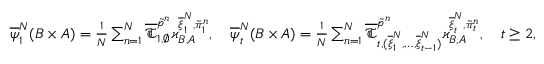
\begin{array} { r } { \overline { { \psi } } _ { 1 } ^ { N } ( B \times A ) = \frac 1 N \sum _ { n = 1 } ^ { N } \overline { \mathfrak { T } } _ { 1 , \emptyset } ^ { \tilde { \mathfrak { p } } ^ { n } } \varkappa _ { B , A } ^ { \overline { \xi } _ { 1 } ^ { N } , \tilde { \pi } _ { 1 } ^ { n } } , \quad \overline { { \psi } } _ { t } ^ { N } ( B \times A ) = \frac 1 N \sum _ { n = 1 } ^ { N } \overline { \mathfrak { T } } _ { t , ( \overline { \xi } _ { 1 } ^ { N } , \dots , \overline { \xi } _ { t - 1 } ^ { N } ) } ^ { \tilde { \mathfrak { p } } ^ { n } } \varkappa _ { B , A } ^ { \overline { \xi } _ { t } ^ { N } , \tilde { \pi } _ { t } ^ { n } } , \quad t \ge 2 , } \end{array}